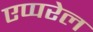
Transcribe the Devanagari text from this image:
एप्परेल